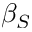
\beta _ { S }